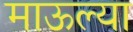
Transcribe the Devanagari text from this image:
माऊल्या